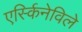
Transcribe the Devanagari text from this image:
एर्स्किनेविले